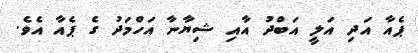
ޕެއާ އަދި އަލީ އަބްދު އާއި ޝިޔާނާ އަހްމަދު ގެ ޕެއާ އެވެ.